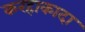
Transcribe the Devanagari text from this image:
करहाकादा